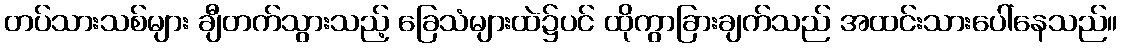
တပ်သားသစ်များ ချီတက်သွားသည့် ခြေသံများထဲ၌ပင် ထိုကွာခြားချက်သည် အထင်းသားပေါ်နေသည်။